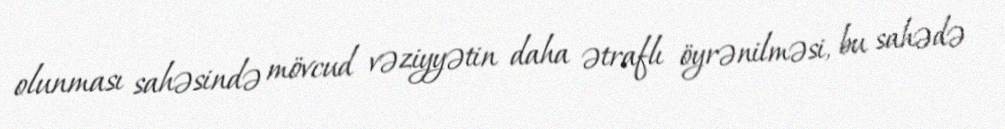
olunması sahəsində mövcud vəziyyətin daha ətraflı öyrənilməsi, bu sahədə